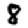
Digit: 8